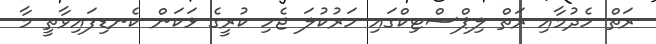
ރަތް ހެދުމާއި ރަތް ލިޕްސްޓިކްގައި ހަރުކުލަ ޖެހި ކުރީގެ ޅަކަން ކެނޑިފައިވާތީ މާ